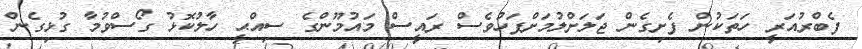
ފެބްރުއަރީ ހަތަކުން ފެށިގެން ޖަލަށްލުމަށްފަހުވެސް ރައީސް މައުމޫންގެ ސިއްޙީ ހާލުކޮޅު ގޯސްވުމާ ގުޅިގެން